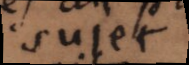
sujet